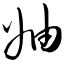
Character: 妯